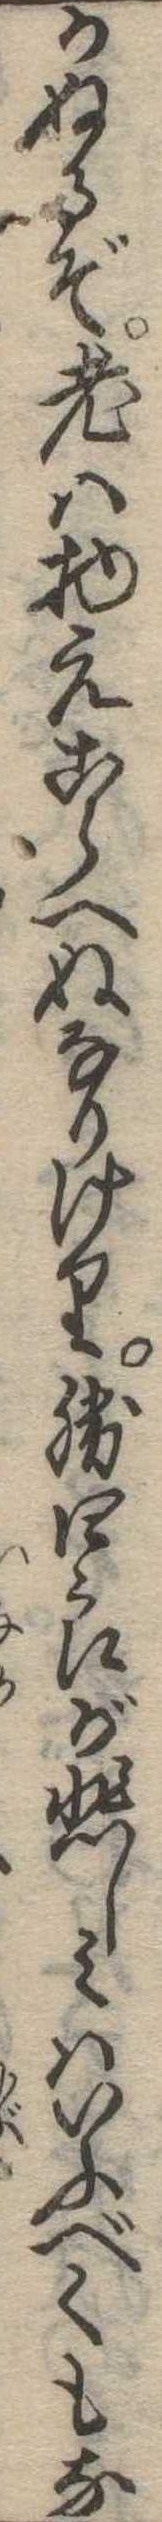
かぬるぞ老は物えこらへぬなりけり勝四郎が悲しみはいふべくもな